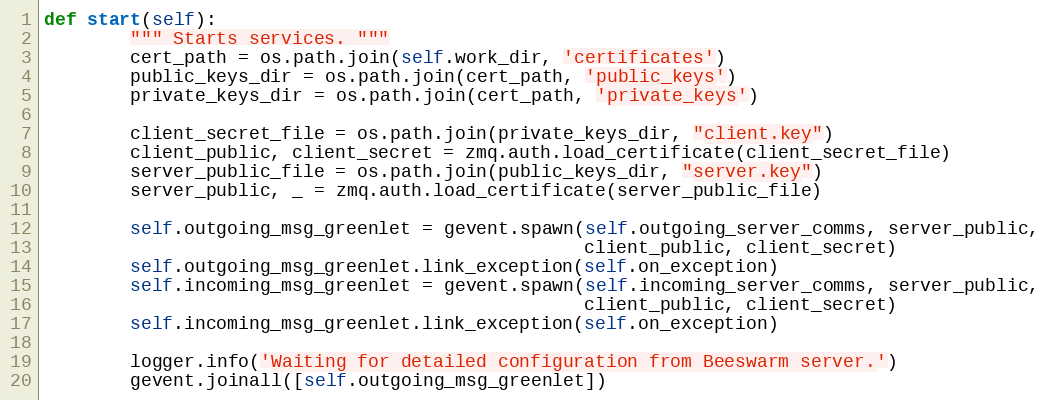
Language: Python
def start(self):
        """ Starts services. """
        cert_path = os.path.join(self.work_dir, 'certificates')
        public_keys_dir = os.path.join(cert_path, 'public_keys')
        private_keys_dir = os.path.join(cert_path, 'private_keys')

        client_secret_file = os.path.join(private_keys_dir, "client.key")
        client_public, client_secret = zmq.auth.load_certificate(client_secret_file)
        server_public_file = os.path.join(public_keys_dir, "server.key")
        server_public, _ = zmq.auth.load_certificate(server_public_file)

        self.outgoing_msg_greenlet = gevent.spawn(self.outgoing_server_comms, server_public,
                                                  client_public, client_secret)
        self.outgoing_msg_greenlet.link_exception(self.on_exception)
        self.incoming_msg_greenlet = gevent.spawn(self.incoming_server_comms, server_public,
                                                  client_public, client_secret)
        self.incoming_msg_greenlet.link_exception(self.on_exception)

        logger.info('Waiting for detailed configuration from Beeswarm server.')
        gevent.joinall([self.outgoing_msg_greenlet])